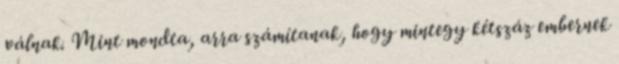
válnak. Mint mondta, arra számítanak, hogy mintegy kétszáz embernek